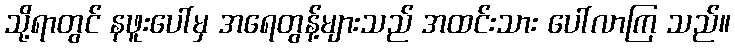
သို့ရာတွင် နဖူးပေါ်မှ အရေတွန့်များသည် အထင်းသား ပေါ်လာကြ သည်။